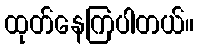
ထုတ်နေကြပါတယ်။